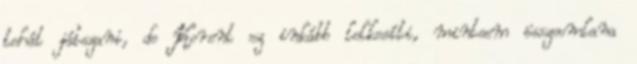
tehát játszani, de Korent ez inkább lelkesíti, mintsem összeomlana